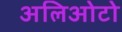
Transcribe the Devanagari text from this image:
अलिओटो